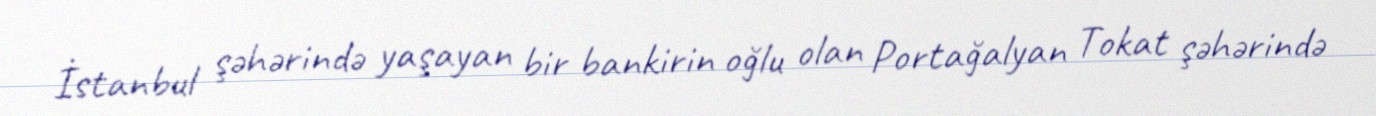
İstanbul şəhərində yaşayan bir bankirin oğlu olan Portağalyan Tokat şəhərində